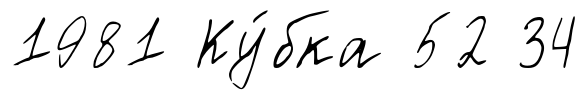
1981 Ку́бка 52 34